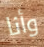
وأنا